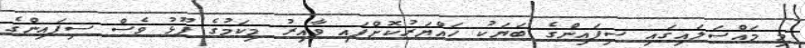
މި މައްސަލައިގައި ސިފައިންގެ ބަޔަކު ހައްޔަރުކޮށްފައި ވާއިރު މިކަމުގެ ފޫޅު ވެސް ސިފައިންގެ